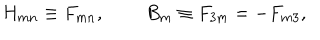
H _ { m n } \equiv F _ { m n } , \, \quad \quad B _ { m } \equiv F _ { 3 m } = - F _ { m 3 } , \,